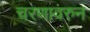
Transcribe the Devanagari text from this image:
चरणावरुन